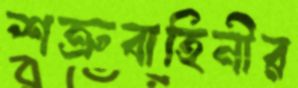
শত্রুবাহিনীর